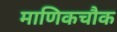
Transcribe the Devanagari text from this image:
माणिकचौक